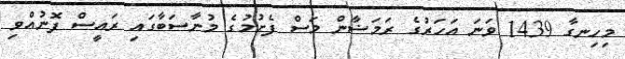
މިހިނގާ 1439 ވަނަ އަހަރުގެ ރަމަޟާން މަސް ފެށުމުގެ މުނާސަބާގައި ރައީސް ފޮނުއްވި